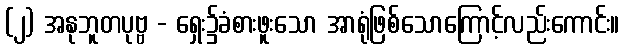
(၂) အနုဘူတပုဗ္ဗ - ရှေး၌ခံစားဖူးသော အာရုံဖြစ်သောကြောင့်လည်းကောင်း။